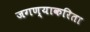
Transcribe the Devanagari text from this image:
जगण्याकरिता